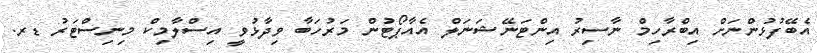
އެބޭފުޅުންނަށް އިބްރާހިމް ނާސިރު އިންޓަނޭޝަނަލް އެއާޕޯޓުން މަރުހަބާ ވިދާޅުވީ އިސްލާމިކް މިނިސްޓަރު ޑރ.